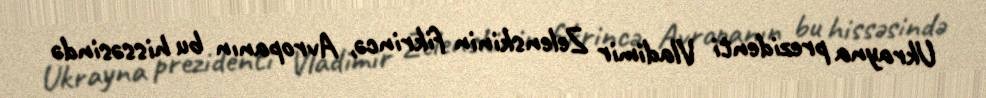
Ukrayna prezidenti Vladimir Zelenskinin fikrincə, Avropanın bu hissəsində